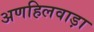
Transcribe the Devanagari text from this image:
अणहिलवाड़ा